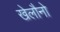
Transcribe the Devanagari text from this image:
खेलौनो